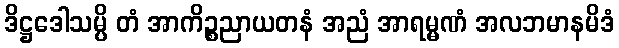
ဒိဋ္ဌဒေါသမ္ပိ တံ အာကိဉ္စညာယတနံ အညံ အာရမ္မဏံ အလဘမာနမိဒံ